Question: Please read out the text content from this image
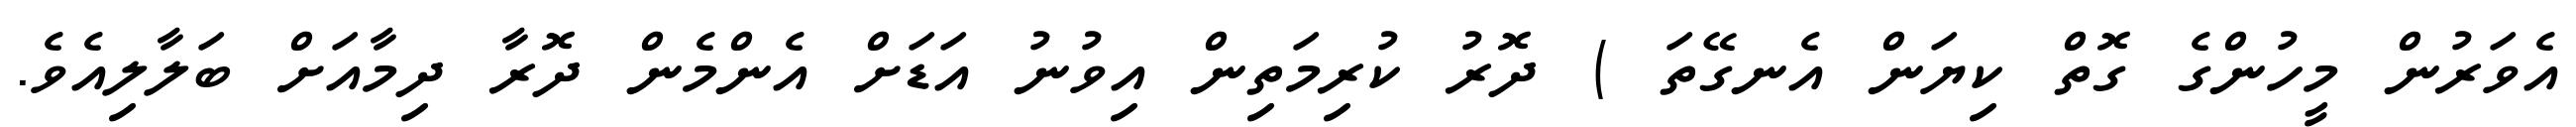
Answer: އެވަރުން މީހުންގެ ގޮތް ކިޔަން އެނގޭތަ ) ދޮރު ކުރިމަތިން އިވުނު އަޑަށް އެންމެން ދޮރާ ދިމާއަށް ބަލާލިއެވެ.